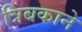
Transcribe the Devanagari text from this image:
त्रिंबकाने